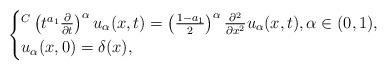
LaTeX: \begin{align*}\begin{cases}{}^C\left(t^{a_1}\frac{\partial}{\partial t}\right)^{\alpha} u_{\alpha}(x,t)=\left(\frac{1-a_1}{2} \right)^\alpha \frac{\partial^2}{\partial x^2}u_{\alpha}(x,t),\alpha \in (0,1),\\u_{\alpha}(x,0)=\delta(x),\end{cases}\end{align*}